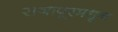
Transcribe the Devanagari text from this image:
राजापूरमधून